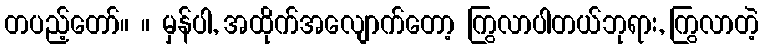
တပည့်တော်။ ။ မှန်ပါ, အထိုက်အလျောက်တော့ ကြွလာပါတယ်ဘုရား, ကြွလာတဲ့